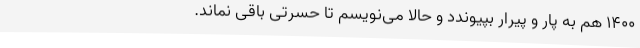
1400 هم به پار و پیرار بپیوندد و حالا می‌نویسم تا حسرتی باقی نمانَد.